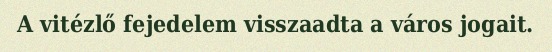
A vitézlő fejedelem visszaadta a város jogait.